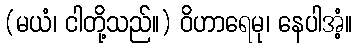
(မယံ၊ ငါတို့သည်။) ဝိဟာရေမု၊ နေပါအံ့။